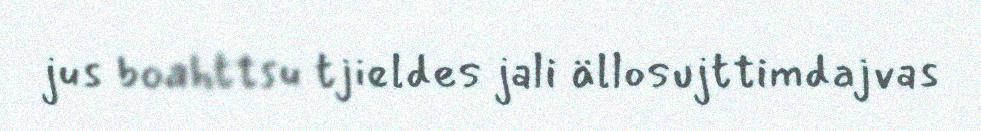
jus boahttsu tjieldes jali ällosujttimdajvas